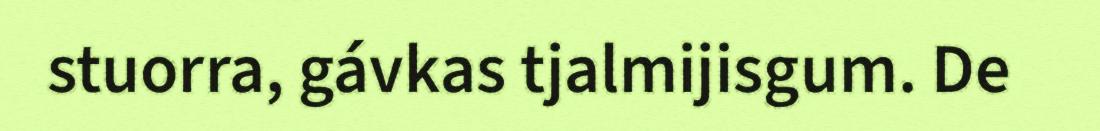
stuorra, gávkas tjalmijisgum. De